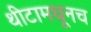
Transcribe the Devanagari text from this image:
थीटामधूनच